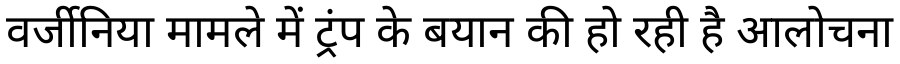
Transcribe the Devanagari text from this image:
वर्जीनिया मामले में ट्रंप के बयान की हो रही है आलोचना